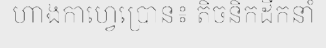
ហាងកាហ្វេប្រោន៖ តិចនិកដឹកនាំ